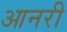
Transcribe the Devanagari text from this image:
आनरी